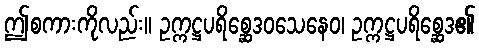
ဤစကားကိုလည်း။ ဥက္ကဋ္ဌပရိစ္ဆေဒဝသေနေဝ၊ ဥက္ကဋ္ဌပရိစ္ဆေဒ၏